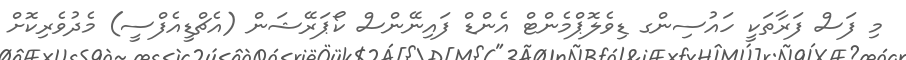
މި ފަސް ފަރާތަކީ ހައުސިންގ ޑިވެލޮޕްމެންޓް އެންޑް ފައިނޭންސް ކޯޕަރޭޝަން (އެޗްޑީއެފްސީ) މެދުވެރިކޮށް